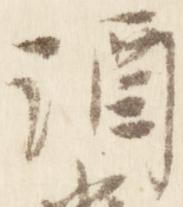
酒